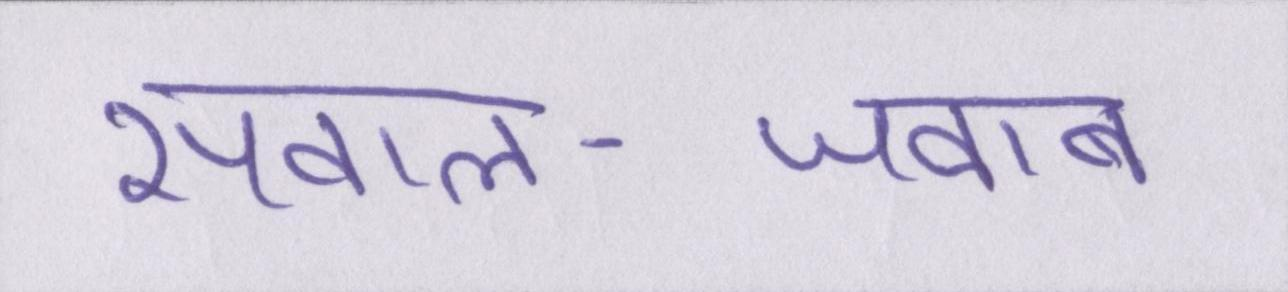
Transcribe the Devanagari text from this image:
सवाल-जवाब